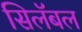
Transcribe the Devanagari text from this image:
सिलॅबल